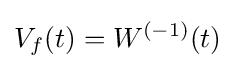
V_{f}(t)=W^{(-1)}(t)